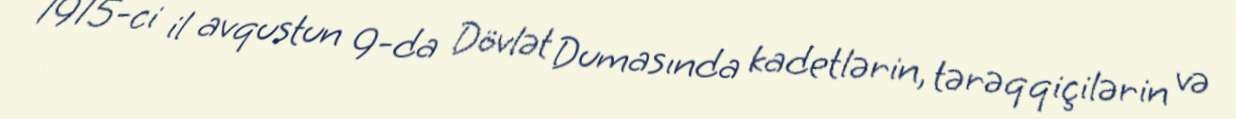
1915-ci il avqustun 9-da Dövlət Dumasında kadetlərin, tərəqqiçilərin və